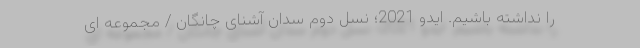
را نداشته باشیم. ایدو 2021؛ نسل دوم سدان آشنای چانگان / مجموعه ای